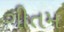
ગીતમ